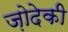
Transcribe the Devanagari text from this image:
ज़ोदेकी